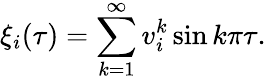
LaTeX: \xi_{i}(\tau)=\sum_{k=1}^{\infty}v_{i}^{k}\sin k\pi\tau.